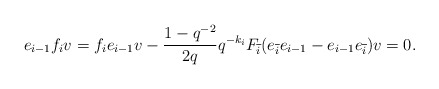
\begin{align*}e_{i-1}f_iv =f_ie_{i-1}v - \frac{1-q^{-2}}{2q}q^{-k_{i}}F_{\overline{i}}(e_{\overline{i}}e_{i-1} - e_{i-1}e_{\overline{i}}) v = 0.\end{align*}